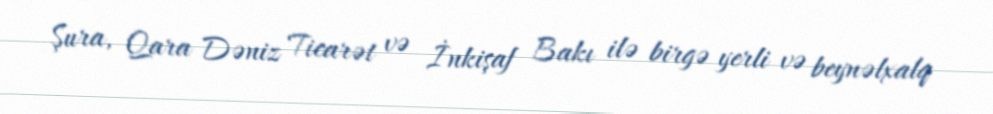
Şura, Qara Dəniz Ticarət və İnkişaf Bakı ilə birgə yerli və beynəlxalq